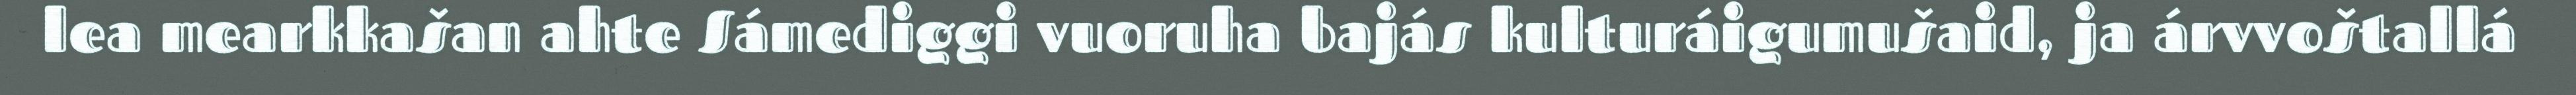
lea mearkkašan ahte Sámediggi vuoruha bajás kulturáigumušaid, ja árvvoštallá